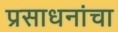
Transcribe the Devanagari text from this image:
प्रसाधनांचा